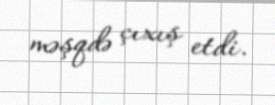
məşqdə çıxış etdi.